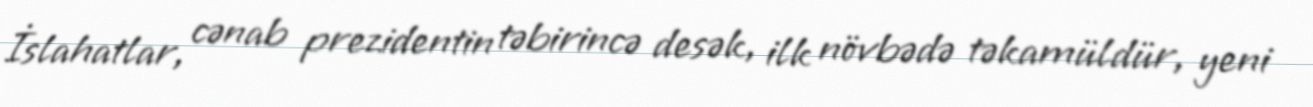
İslahatlar, cənab prezidentin təbirincə desək, ilk növbədə təkamüldür, yeni